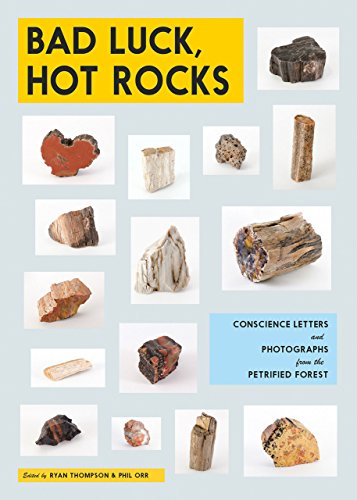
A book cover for Bad Luck, Hot Rocks: Conscience Letters and Photographs from the Petrified Forest; Arts & Photography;